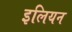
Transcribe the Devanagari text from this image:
इलियन